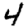
Digit: 4